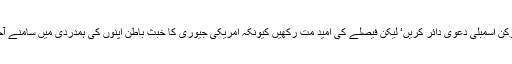
سپینی رکن اسمبلی دعویٰ دائر کریں‘ لیکن فیصلے کی امید مت رکھیں کیونکہ امریکی جیوری کا خبث باطن اپنوں کی ہمدردی میں سامنے آجاتا ہے۔